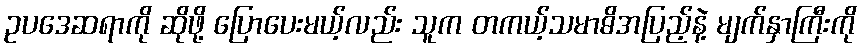
ဥပဒေဆရာကို ဆိုဖို့ ပြောပေးမယ့်လည်း သူက တကယ့်သမာဓိအပြည့်နဲ့ မျက်နှာကြီးကို